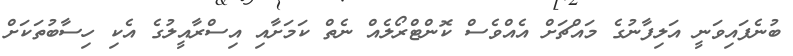
ބުނެފައިވަނީ އަލިފާނުގެ މައްޗަށް އެއްވެސް ކޮންޓްރޯލެއް ނެތް ކަމަށާއި އިސްރާއީލުގެ އެކި ހިސާބުތަކަށް